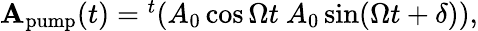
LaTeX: \begin{array}{r}{\mathbf{A}_{\textrm{pump}}(t)={}^{t}(A_{0}\cos\Omega t\ A_{0}\sin(\Omega t+\delta)),}\end{array}